Problem: 10 + 30 = ?
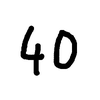
Handwritten answer: 40